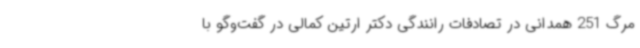
مرگ 251 همدانی در تصادفات رانندگی دکتر ارتین کمالی در گفت‌وگو با